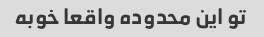
تو این محدوده واقعا خوبه